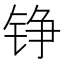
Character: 铮